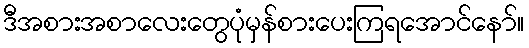
ဒီအစားအစာလေးတွေပုံမှန်စားပေးကြရအောင်နော်။